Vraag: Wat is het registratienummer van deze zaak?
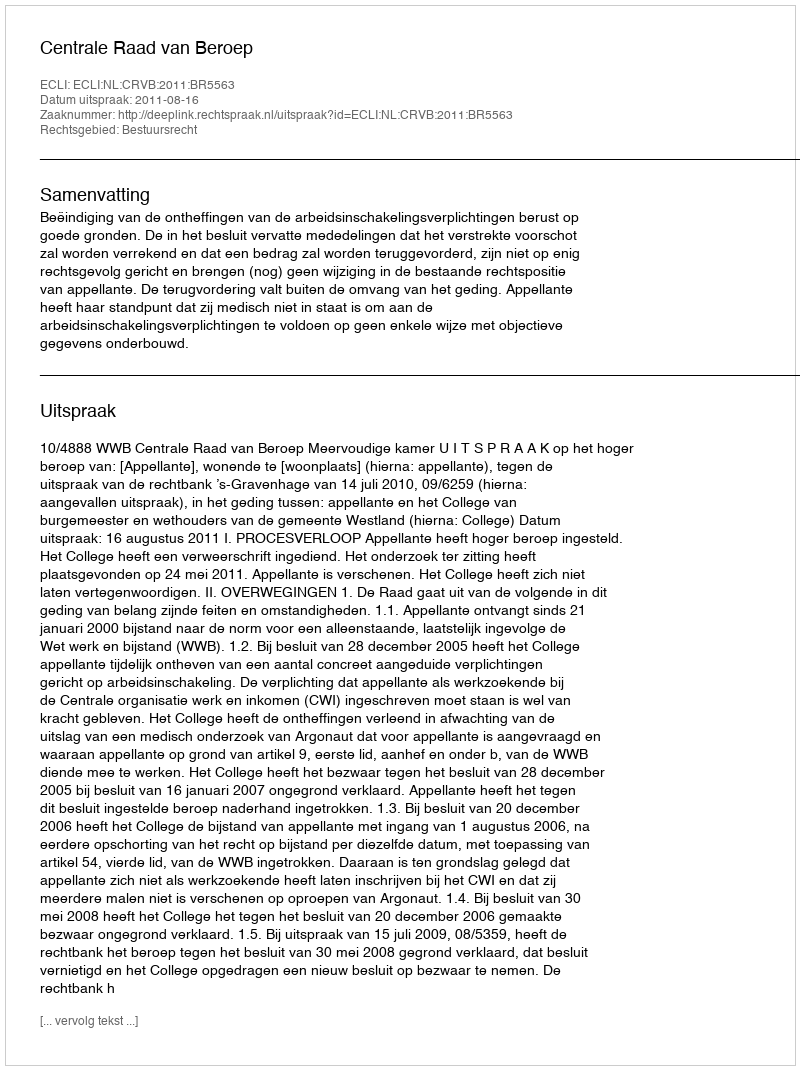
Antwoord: http://deeplink.rechtspraak.nl/uitspraak?id=ECLI:NL:CRVB:2011:BR5563